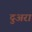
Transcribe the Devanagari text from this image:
दुअरा